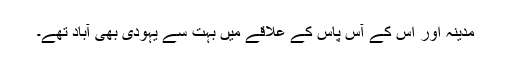
مدینہ اور اس کے آس پاس کے علاقے میں بہت سے یہودی بھی آباد تھے۔